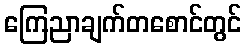
ကြေညာချက်တစောင်တွင်